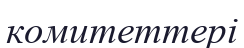
комитеттері